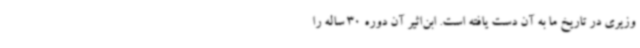
وزیری در تاریخ ما به آن دست یافته است. ابن‌اثیر آن دوره 30 ساله را